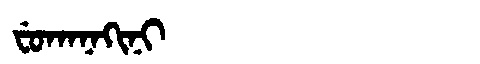
Manchu: ᠸᡠᡴᠠᠨᠠᡴᡳᠨᡳ
Romanization: FUKANAKINI